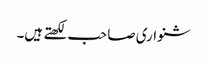
شنواری صاحب لکھتے ہیں۔